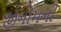
જીનોમની